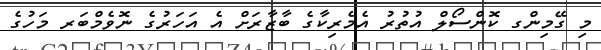
މި ގޭމިންގ ކޮންސޯލް އުތުރު އެމެރިކާގެ ބާޒާރަށް އެ އަހަރުގެ ނޮވެމްބަރ މަހުގެ